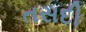
તસદી